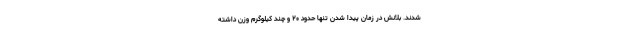
شدند. بلانش در زمان پیدا شدن تنها حدود ۲۰ و چند کیلوگرم وزن داشته